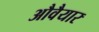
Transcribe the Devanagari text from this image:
औवैयार